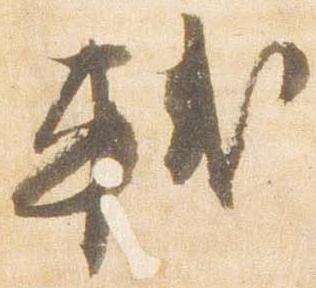
軾